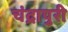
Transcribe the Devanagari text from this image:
चंद्रापुरी